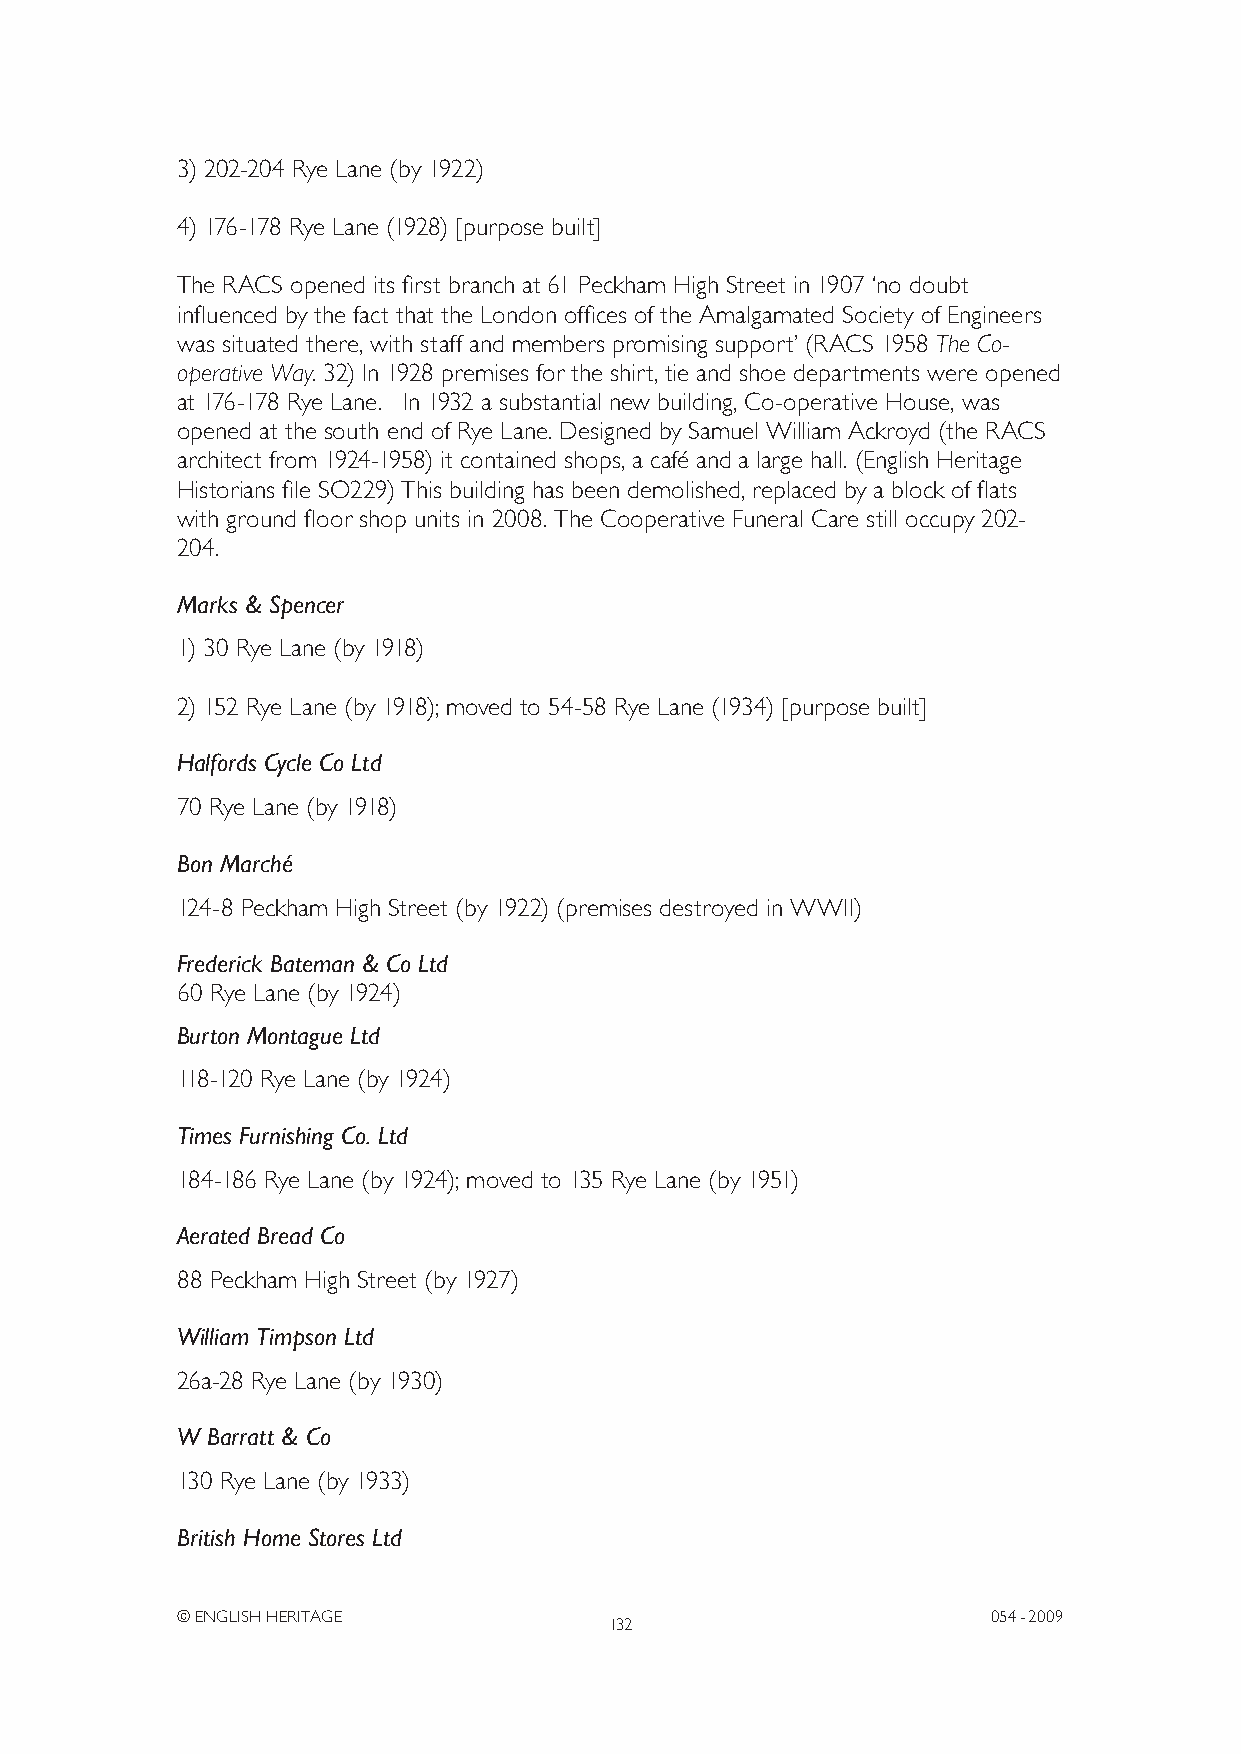
3) 202-204 Rye Lane (by 1922)
 4) 176-178 Rye Lane (1928) [purpose built]
 The RACS opened its first branch at 61 Peckham High Street in 1907 ‘no doubt
 influenced by the fact that the London offices of the Amalgamated Society of Engineers
 was situated there, with staff and members promising support’ (RACS 1958 The Co-
 operative Way. 32) In 1928 premises for the shirt, tie and shoe departments were opened
 at 176-178 Rye Lane. In 1932 a substantial new building, Co-operative House, was
 opened at the south end of Rye Lane. Designed by Samuel William Ackroyd (the RACS
 architect from 1924-1958) it contained shops, a café and a large hall. (English Heritage
 Historians file SO229) This building has been demolished, replaced by a block of flats
 with ground floor shop units in 2008. The Cooperative Funeral Care still occupy 202-
 204.
 Marks & Spencer
 1) 30 Rye Lane (by 1918)
 2) 152 Rye Lane (by 1918); moved to 54-58 Rye Lane (1934) [purpose built]
 Halfords Cycle Co Ltd
 70 Rye Lane (by 1918)
 Bon Marché
 124-8 Peckham High Street (by 1922) (premises destroyed in WWII)
 Frederick Bateman & Co Ltd
 60 Rye Lane (by 1924)
 Burton Montague Ltd
 118-120 Rye Lane (by 1924)
 Times Furnishing Co. Ltd
 184-186 Rye Lane (by 1924); moved to 135 Rye Lane (by 1951)
 Aerated Bread Co
 88 Peckham High Street (by 1927)
 William Timpson Ltd
 26a-28 Rye Lane (by 1930)
 W Barratt & Co
 130 Rye Lane (by 1933)
 British Home Stores Ltd
 © ENGLISH HERITAGE                                    054- 2009
 132